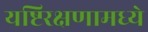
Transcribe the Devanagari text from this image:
यष्टिरक्षणामध्ये